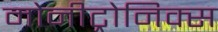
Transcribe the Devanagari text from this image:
मोनीट्रोनिक्स